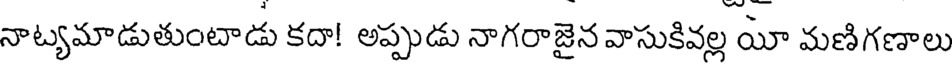
నాట్యమాడుతుంటాడు కదా! అప్పుడు నాగరాజైనవాసుకివల్ల యో మణిగణాలు